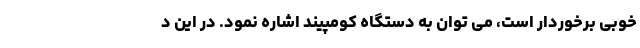
خوبی برخوردار است، می توان به دستگاه کومپیند اشاره نمود. در این د